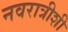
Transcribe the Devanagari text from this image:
नवरात्रीशी